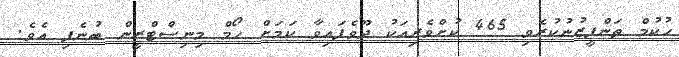
ހުކުމް ތަންފީޒުނުކުރެވި 465 ކުށްވެރިއަކު ދޫވެފައިވާ ކަމަށް ހޯމް މިނިސްޓްރީން ބުނެފި އެވެ.